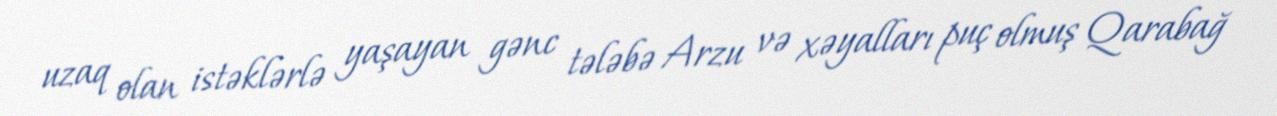
uzaq olan istəklərlə yaşayan gənc tələbə Arzu və xəyalları puç olmuş Qarabağ